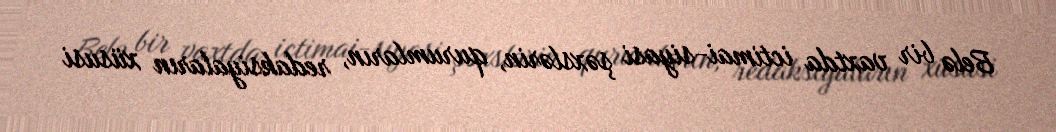
Belə bir vaxtda ictimai-siyasi şəxslərin, qurumların, redaksiyaların xüsusi